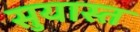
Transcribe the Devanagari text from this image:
सुयास्त